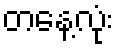
တနေ့လုံး